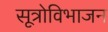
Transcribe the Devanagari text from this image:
सूत्रोविभाजन